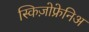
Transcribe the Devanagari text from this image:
स्किज़ोफ्रेनिअ